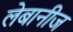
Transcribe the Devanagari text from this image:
लेबानीज